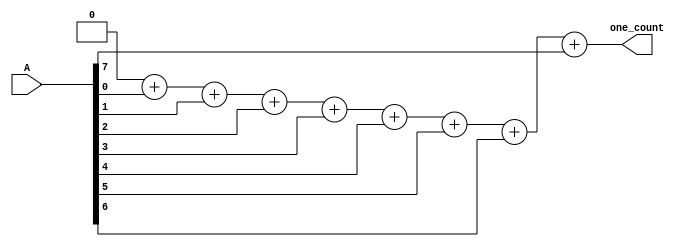
module count_ones #(
    parameter
    WIDTH = 8,
    COUNTWIDTH = $clog2(WIDTH) + 1
) (
    input wire [WIDTH-1: 0] A,
    output reg [COUNTWIDTH-1: 0] one_count
);
    

integer i;

always @(A)
begin
    one_count = 0;  //initialize count variable.
    for(i=0;i<WIDTH;i=i+1)   //for all the bits.
        one_count = one_count + A[i]; //Add the bit to the count.
end
endmodule